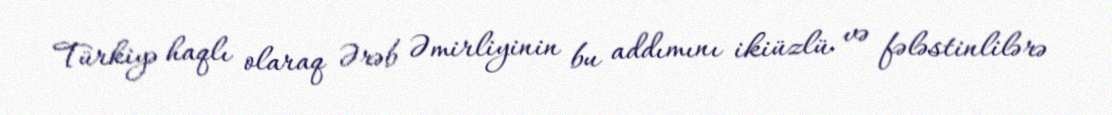
Türkiyə haqlı olaraq Ərəb Əmirliyinin bu addımını ikiüzlü və fələstinlilərə